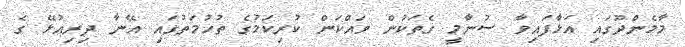
މާމެންދޫގައި އަޅާފައިވާ ސުނާމީ ގެތަކުން ވައްކަން ކުރިކަމުގެ ތުހުމަތުގައި އޭނާ ދިރިއުޅޭ ގެ